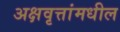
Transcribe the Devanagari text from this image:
अक्षवृत्तांमधील